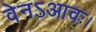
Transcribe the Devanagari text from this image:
वेनऽआवः।